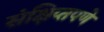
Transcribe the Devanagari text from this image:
संक्षिप्‍तपणे